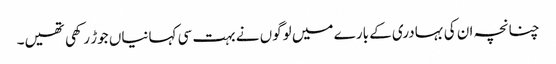
چنانچہ ان کی بہادری کے بارے میں لوگوں نے بہت سی کہانیاں جوڑ رکھی تھیں۔